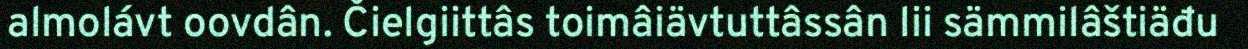
almolávt oovdân. Čielgiittâs toimâiävtuttâssân lii sämmilâštiäđu